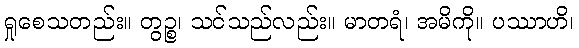
ရှုစေသတည်း။ တွဉ္စ၊ သင်သည်လည်း။ မာတရံ၊ အမိကို။ ပဿာဟိ၊